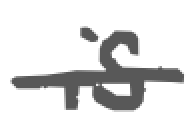
Text: is
Cross-out: single-line
Writing tool: digital_gray